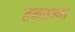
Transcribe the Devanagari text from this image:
तनतन्ना